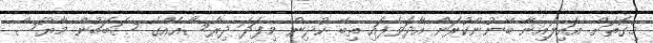
މިގޮތަށް އައިލައިނާ ބޭނުންކުރަން އާދަވެފައި ތިބޭ ކުދިން މިފަދަ ދިރާސާއެއްގެ ސަބަބުން މާޔޫސް